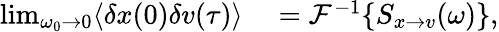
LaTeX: \begin{array}{rl}{\operatorname*{lim}_{\omega_{0}\to 0}\langle\delta x(0)\delta v(\tau)\rangle}&{{}=\mathcal{F}^{-1}\{ S_{x\to v}(\omega)\} ,}\end{array}